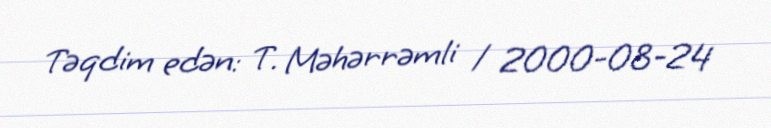
Təqdim edən: T. Məhərrəmli / 2000-08-24